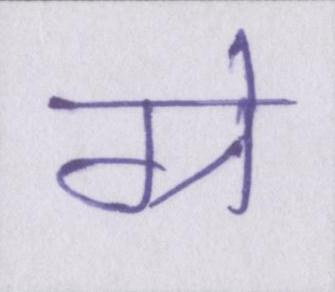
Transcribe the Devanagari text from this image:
ग्रे